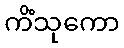
ကိံသုကော